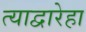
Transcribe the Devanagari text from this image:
त्याद्वारेहा